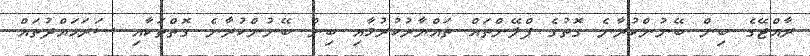
ރާއްޖޭގެ ބިން ބޭނުންކުރާނެ ގޮތުގެ ޕްލޭންތައް ތައްޔާރުކުރުމާއި ބިން ބޭނުންކުރާނެ ގޮތްތަކާއި ސަރަޙައްދުތައް